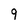
Character: 9